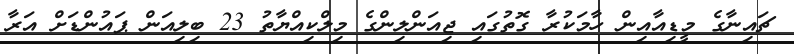
ޗައިނާގެ މީޑިއާއިން ހާމަކުރާ ގޮތުގައި ޖިއަންލިންގެ މިލްކިއްޔާތު 23 ބިލިއަން ޕައުންޑަށް އަރާ